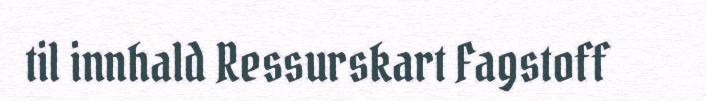
til innhald Ressurskart Fagstoff